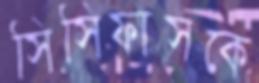
সিসিফাসকে